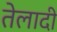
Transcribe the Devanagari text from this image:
तेलादी